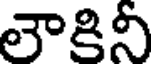
లౌకినీ